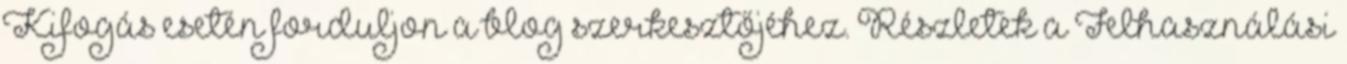
Kifogás esetén forduljon a blog szerkesztőjéhez. Részletek a Felhasználási